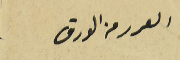
العرر من الورق